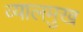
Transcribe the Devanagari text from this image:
व्यालमुख